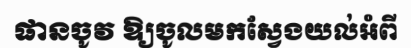
ផានចូវ ឱ្យចូលមកស្វែងយល់អំពី